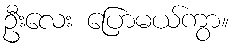
ဦးလေး ပြောမယ်ကွာ။